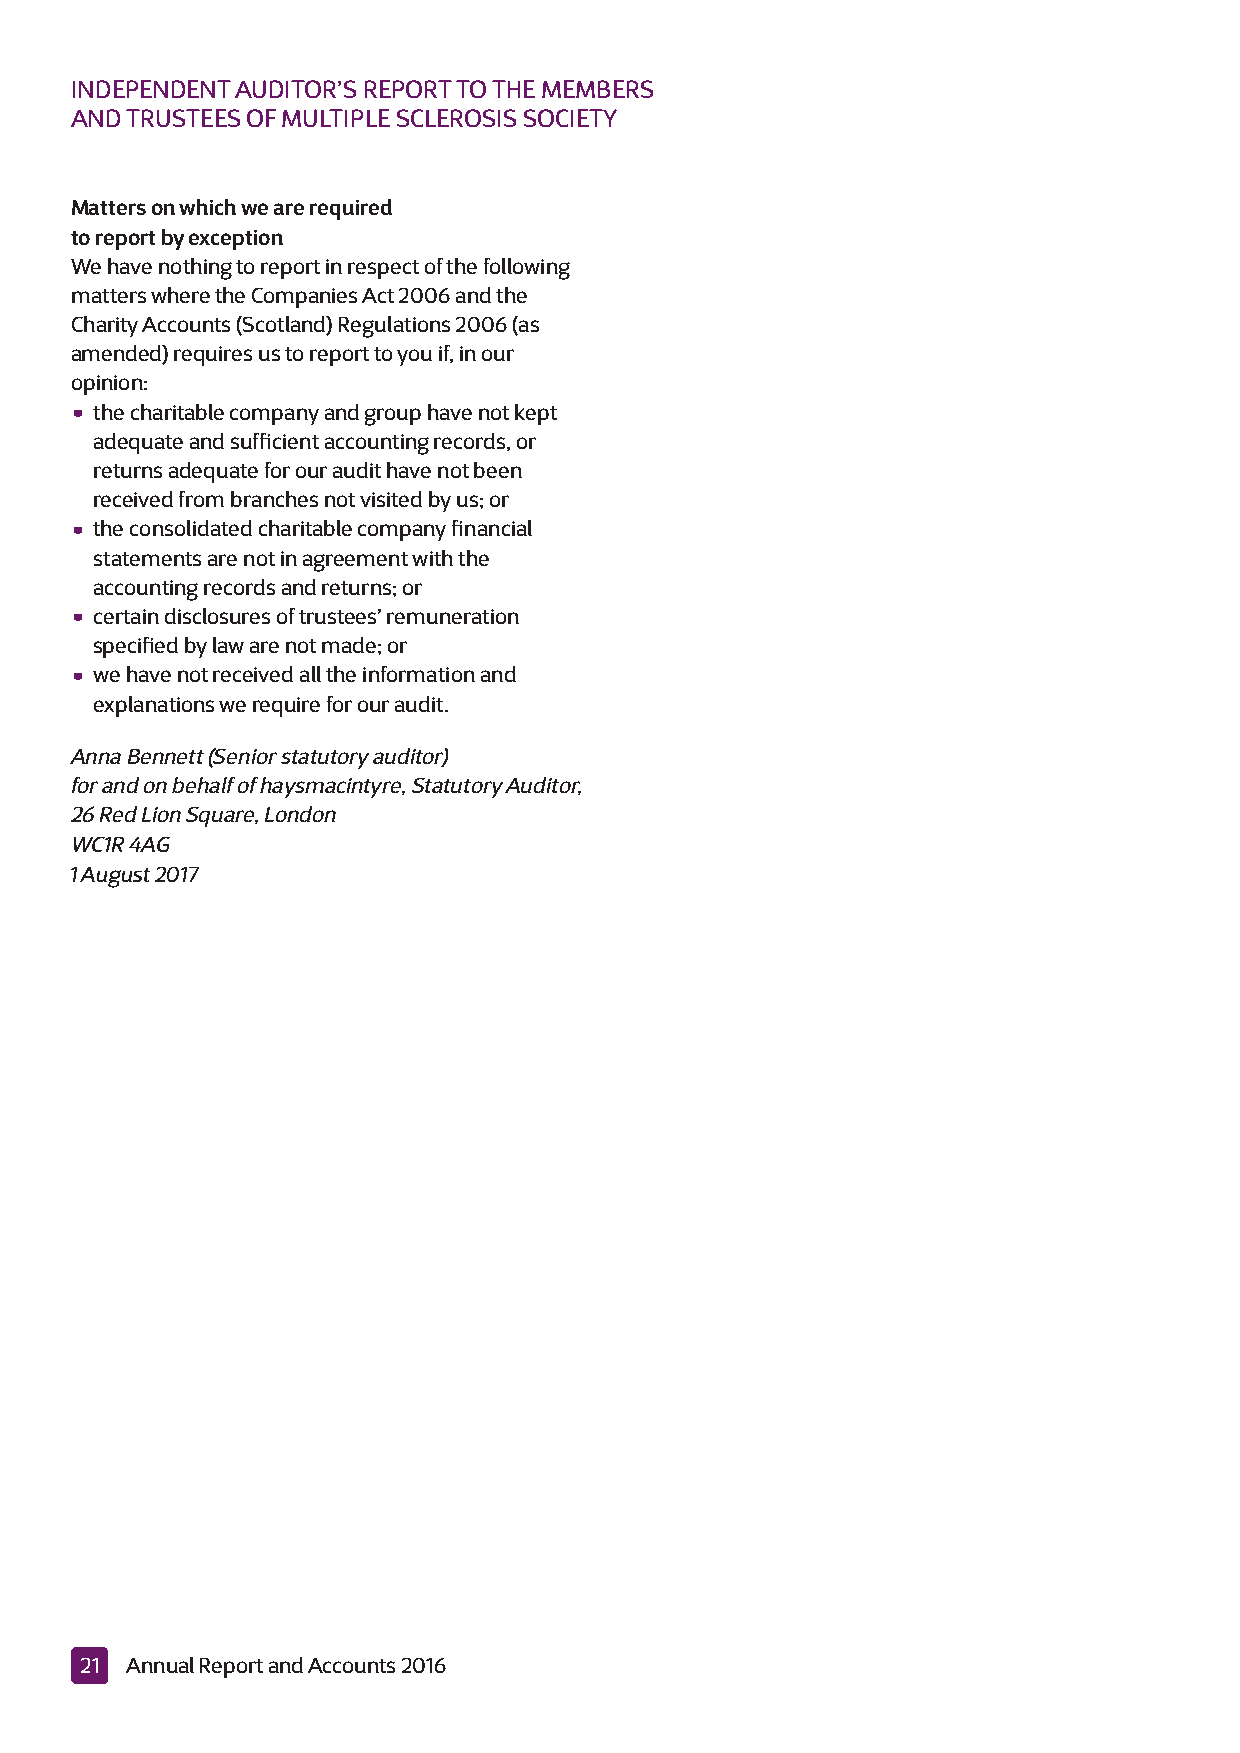
INDEPENDENT AUDITOR’S REPORT TO THE MEMBERS
 AND TRUSTEES OF MULTIPLE SCLEROSIS SOCIETY
 Matters on which we are required
 to report by exception
 We have nothing to report in respect of the following
 matters where the Companies Act 2006 and the
 Charity Accounts (Scotland) Regulations 2006 (as
 amended) requires us to report to you if, in our
 opinion:
 •
 the charitable company and group have not kept
 adequate and sufficient accounting records, or
 returns adequate for our audit have not been
 received from branches not visited by us; or
 •
 the consolidated charitable company financial
 statements are not in agreement with the
 accounting records and returns; or
 •
 certain disclosures of trustees’ remuneration
 specified by law are not made; or
 •
 we have not received all the information and
 explanations we require for our audit.
 Anna Bennett (Senior statutory auditor)
 for and on behalf of haysmacintyre, Statutory Auditor,
 26 Red Lion Square, London
 WC1R 4AG
 1 August 2017
 21 Annual Report and Accounts 2016